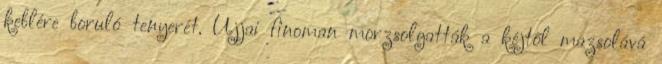
keblére boruló tenyerét. Ujjai finoman morzsolgatták a kéjtől mazsolává